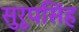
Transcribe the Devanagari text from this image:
सुरूपसिंह